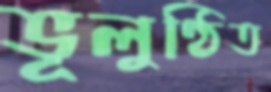
ভূলুণ্ঠিত